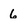
Character: 6